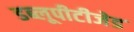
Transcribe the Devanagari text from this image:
डब्लूपीटीजेड